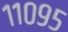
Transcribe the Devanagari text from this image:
११०९५